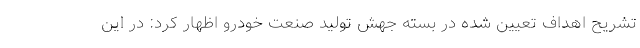
تشریح اهداف تعیین شده در بسته جهش تولید صنعت خودرو اظهار کرد: در این